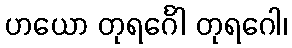
ဟယော တုရင်္ဂေါ တုရဂေါ၊